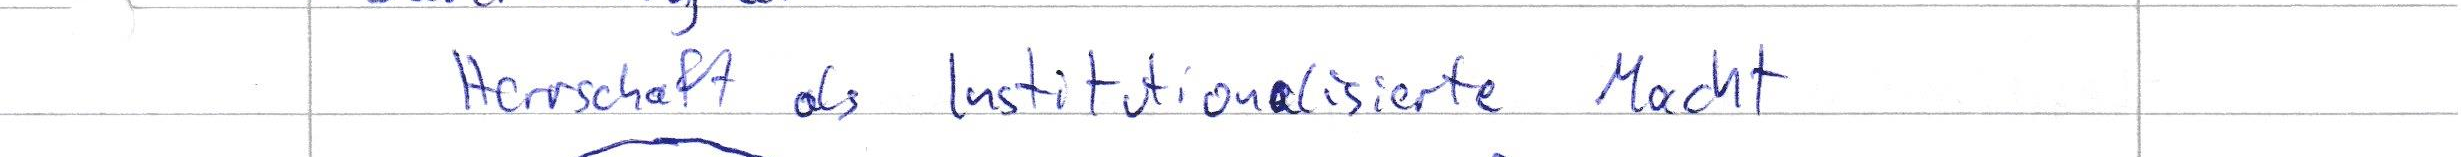
Herrschaft als Institutionalisierte Macht